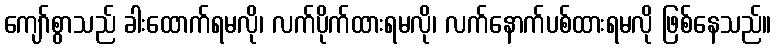
ကျော်စွာသည် ခါးထောက်ရမလို၊ လက်ပိုက်ထားရမလို၊ လက်နောက်ပစ်ထားရမလို ဖြစ်နေသည်။